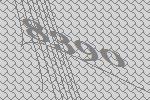
8390